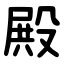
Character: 殿